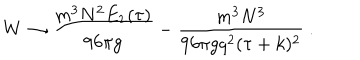
W \to { \frac { m ^ { 3 } N ^ { 2 } E _ { 2 } ( \tau ) } { 9 6 \pi g } } - { \frac { m ^ { 3 } N ^ { 3 } } { 9 6 \pi g q ^ { 2 } ( \tau + k ) ^ { 2 } } } \ .